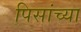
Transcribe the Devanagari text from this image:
पिसांच्या